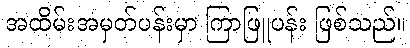
အထိမ်းအမှတ်ပန်းမှာ ကြာဖြူပန်း ဖြစ်သည်။